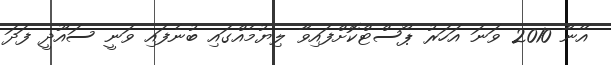
އޭނާ 2010 ވަނަ އަހަރު ޕޯސްޓްކޮށްފައިވާ ލިޔުމެއްގައި ބުނެފައި ވަނީ ސައޫދީ ފަދަ